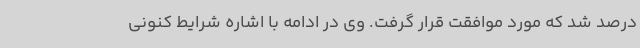
درصد شد که مورد موافقت قرار گرفت. وی در ادامه با اشاره شرایط کنونی